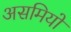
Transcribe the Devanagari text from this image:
असमियों